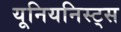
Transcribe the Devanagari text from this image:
यूनियनिस्ट्स